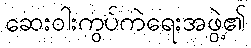
ဆေးဝါးကွပ်ကဲရေးအဖွဲ့၏